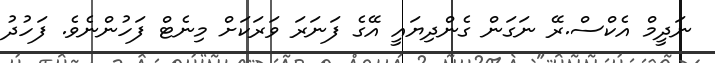
ނަދީމް އެކްސް.ރޭ ނަގަން ގެންދިޔައީ އޭގެ ފަނަރަ ވަރަކަށް މިނެޓް ފަހުންނެވެ. ފަހުދު